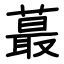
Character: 蕞